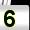
Digit: 5